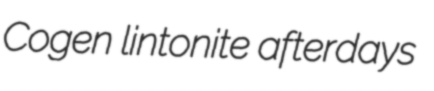
Cogen lintonite afterdays